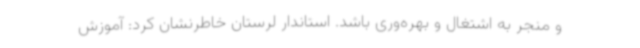
و منجر به اشتغال و بهره‌وری باشد. استاندار لرستان خاطرنشان کرد: آموزش